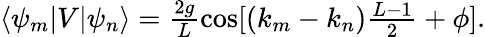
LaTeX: \begin{array}{r}{\langle\psi_{m}|V|\psi_{n}\rangle=\frac{2g}{L}\cos[(k_{m}-k_{n})\frac{L-1}{2}+\phi].}\end{array}